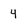
Character: 4